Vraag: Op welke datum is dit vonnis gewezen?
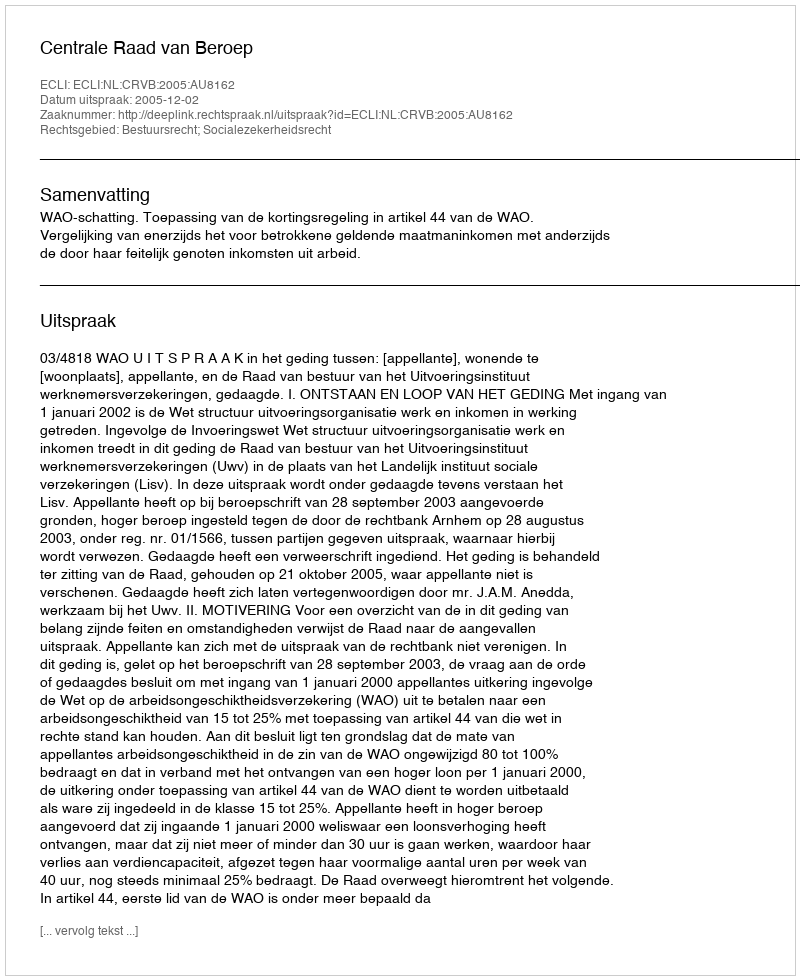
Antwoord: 2005-12-02